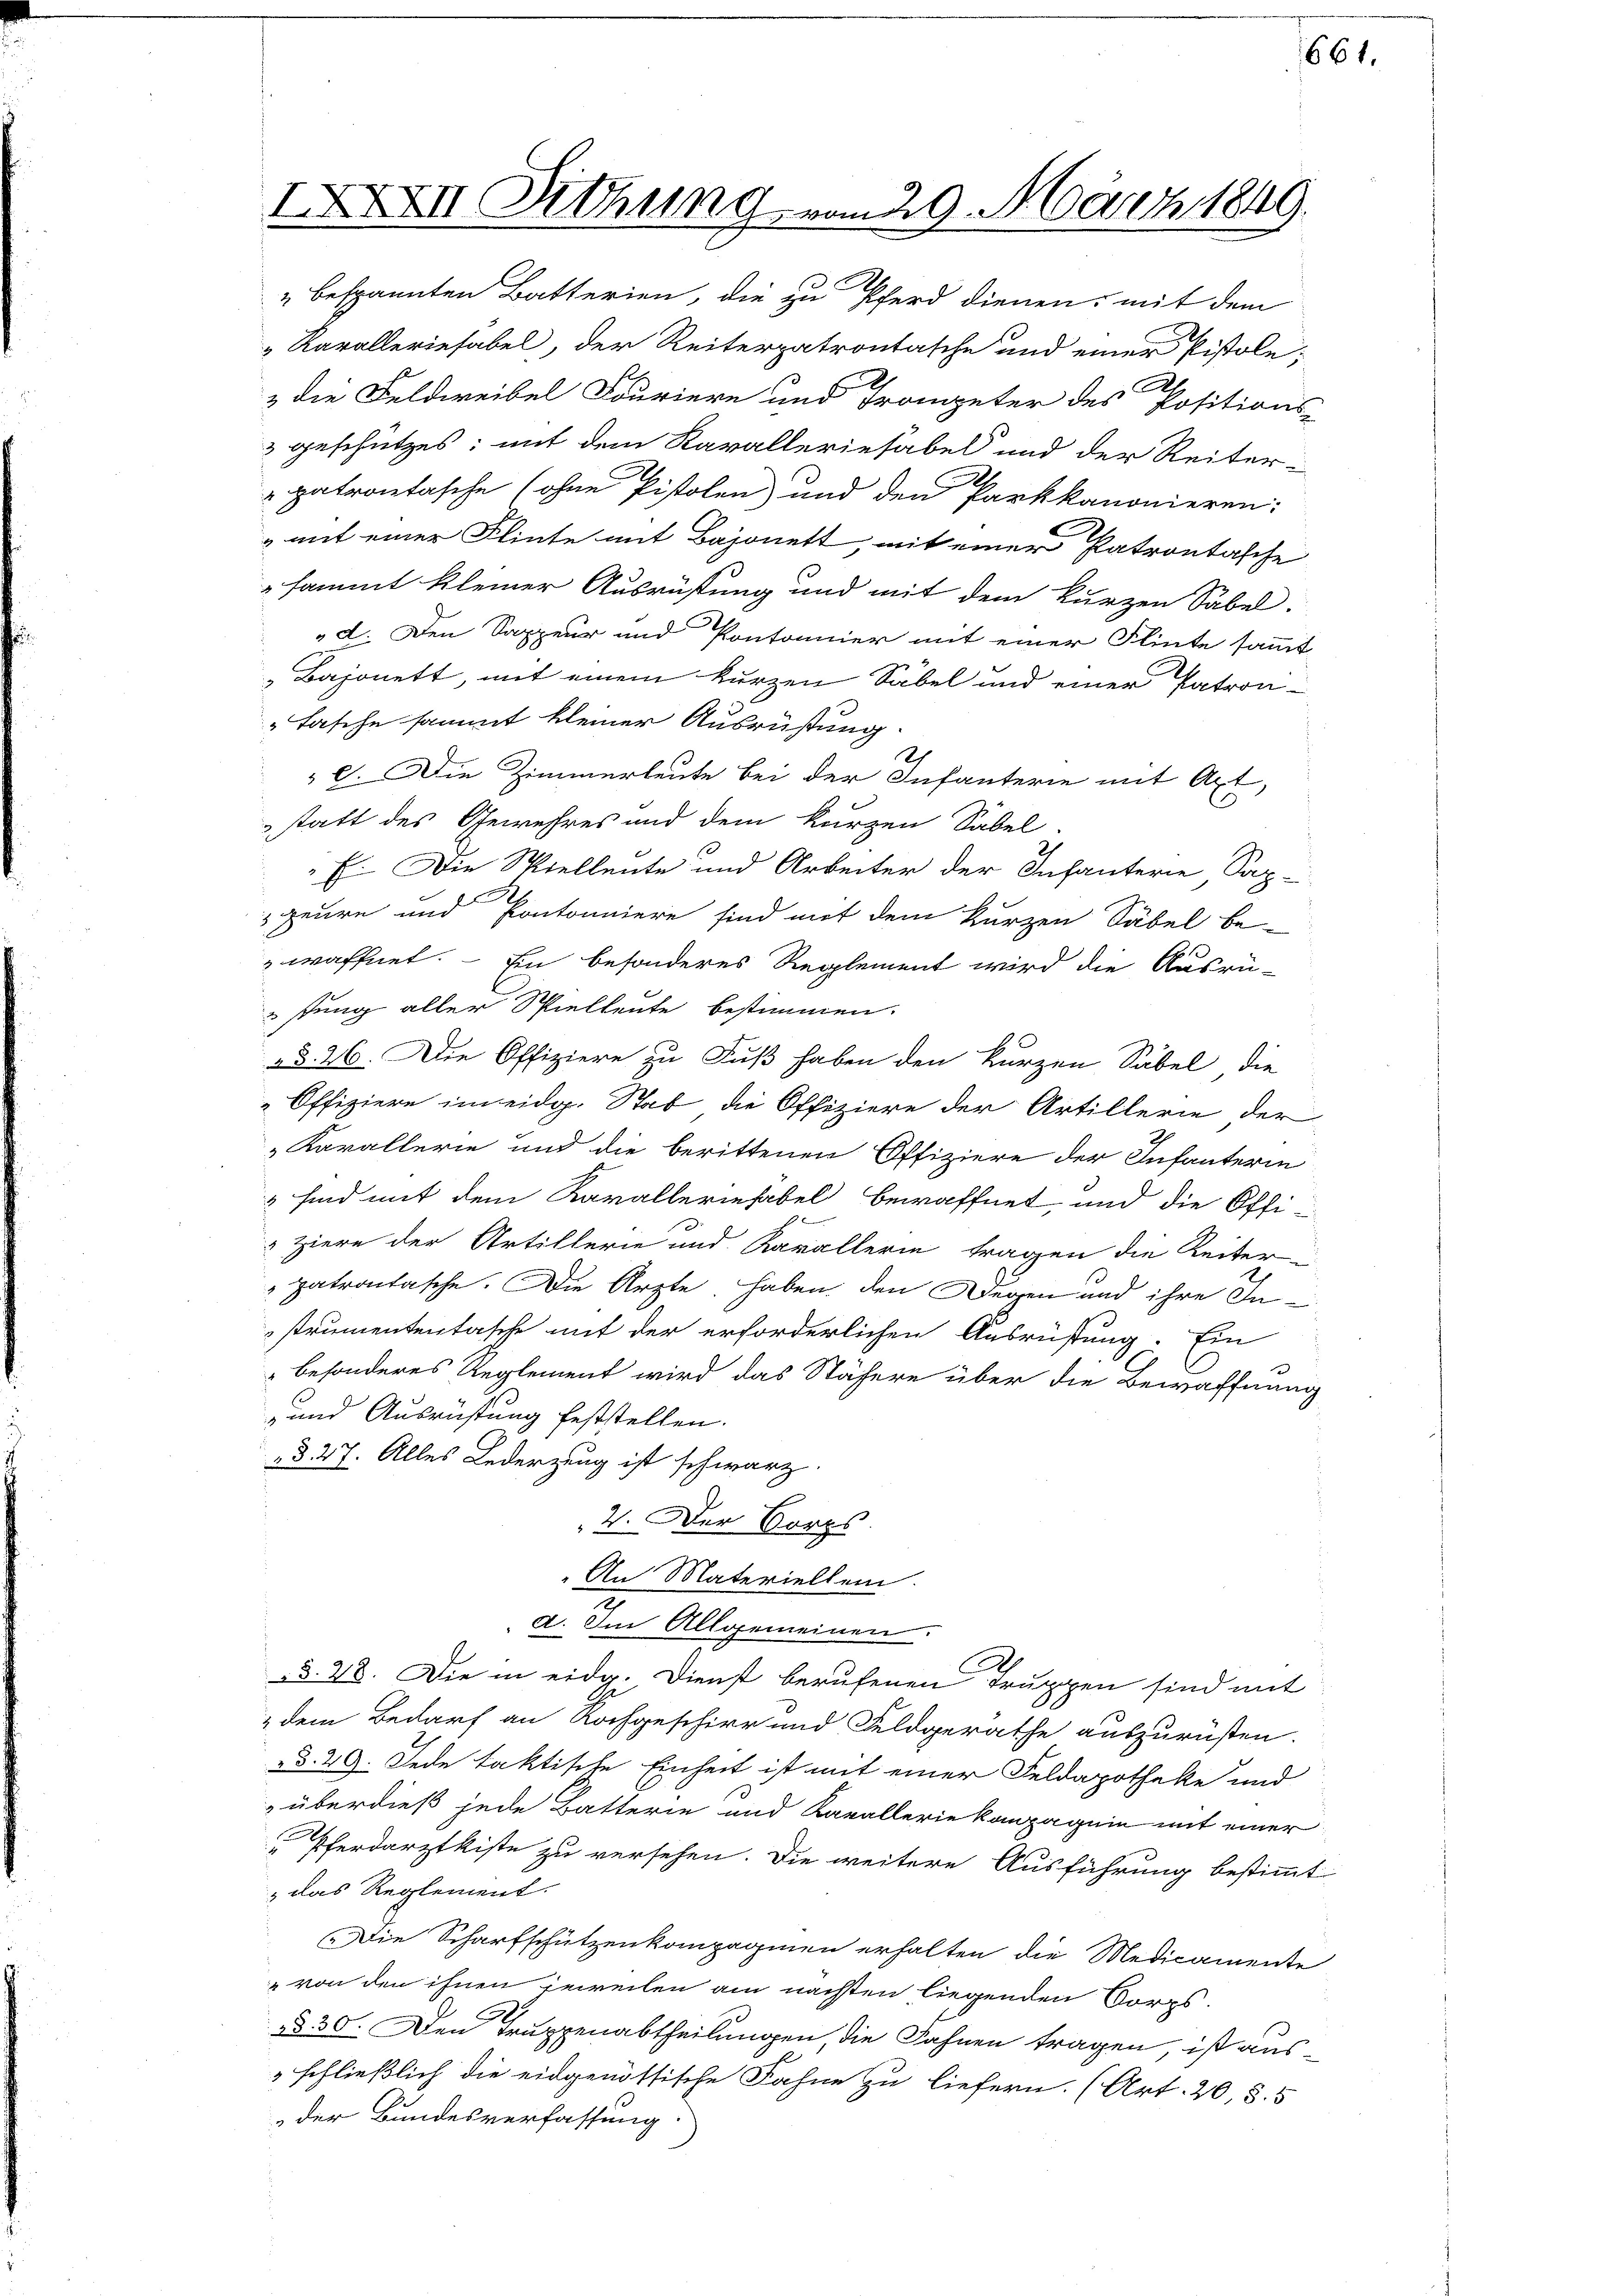
IXXVII Sitzung vom 29. März 1849.

" bespannten Batterien, die zu Pferd dienen, mit dem
" Karalleriefabel, der Reiterpatrontasche und einer Pistole,
& die Feldweibel Fouriere und Trompeter des Positions-
3 geschützes: mit dem Kavalleriesabel und der Reiter-
patrontasche (ohne Pistolen, und den Parkkanonieren:
 mit einer Flinte mit Bajonett, mit einer Patrontasche
sammt kleiner Ausrüstung und mit dem kurzen Sabel.
„d. Den Sappeur und Pontonnier mit einer Flinte sammt
Bajonett, mit einem kurzen Säbel und einer Patron¬
"Tasche sammt kleiner Ausrüstung.
S
C. Die Zimmerleute bei der Infanterie mit Art,
statt des Gewehres und dem kurzen Sabel.
E. Die Spielleute und Arbeiter der Infanterie Sap-
geure und Pontonniere sind mit dem kurzen Säbel be-
waffnet. - Ein besonderes Reglement wird die Ausrü-
stung aller Spielleute bestimmen.
§§. 26. Die Offiziere zu Fuß haben den kurzen Säbel, die
Offiziere im eidg. Stab die Offiziere der Artillerie der
Karallerie und die berittenen Offiziere der Infanterin
" sind mit dem Kavallerinfabel bewaffnet, und die Offi-
ziere der Artillerie und Karallerin tragen die Reiter-
patrontasche. Die Ärzte haben, den Gegen und ihre Instrumententasche mit der erforderlichen Ausrüstung. Ein
besonderes Reglement wird das Nähere über die Bewaffnung
 und Ausrüstung feststellen.
§. 27. Alles Lederzung ist schwarz.
2. Der Vors
An Materiellen.
a. Im Allgemeinen.
§§. 28. Die in eidg. Dienst berufenen Truppen sind mit
" dem Bedarf an Nachgeschirr und Feldgerathe auszurüsten.
d. 29. Jede faktische Einheit ist mit einer Feldapotheke und
überdieß jede Batterie und Kavallerie kompagnie mit einer
 Pferdarztkiste zu versehen. Die weitere Ausführung bestimmt
das Reglement.
Die Scharfschützenkompagnien erhalten die Medicamente
" von den ihnen jeweilen am nächsten liegenden Korps.
§§ 30. Den Truppenabtheilungen, die Fahnen tragen, ist ausschließlich die eidgenössische Fahne zu liefern. (Art. 20, 5. 5
der Bundesverfassung.

661.